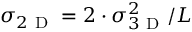
\sigma _ { 2 \mathrm { ~ D ~ } } = 2 \cdot \sigma _ { 3 \mathrm { ~ D ~ } } ^ { 2 } / L